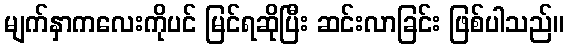
မျက်နှာကလေးကိုပင် မြင်ရဆိုပြီး ဆင်းလာခြင်း ဖြစ်ပါသည်။